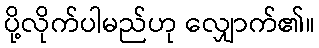
ပို့လိုက်ပါမည်ဟု လျှောက်၏။